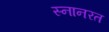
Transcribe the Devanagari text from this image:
स्नानरत